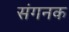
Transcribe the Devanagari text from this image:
संगनक